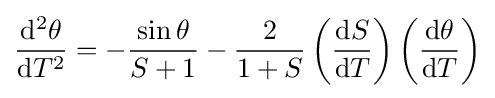
{\frac {\mathrm {d} ^{2}\theta }{\mathrm {d} T^{2}}}=-{\frac {\sin \theta }{S+1}}-{\frac {2}{1+S}}\left({\frac {\mathrm {d} S}{\mathrm {d} T}}\right)\left({\frac {\mathrm {d} \theta }{\mathrm {d} T}}\right)